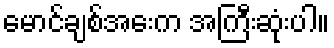
မောင်ချစ်အေးက အကြီးဆုံးပါ။